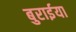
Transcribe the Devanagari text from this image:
बुरार्इया